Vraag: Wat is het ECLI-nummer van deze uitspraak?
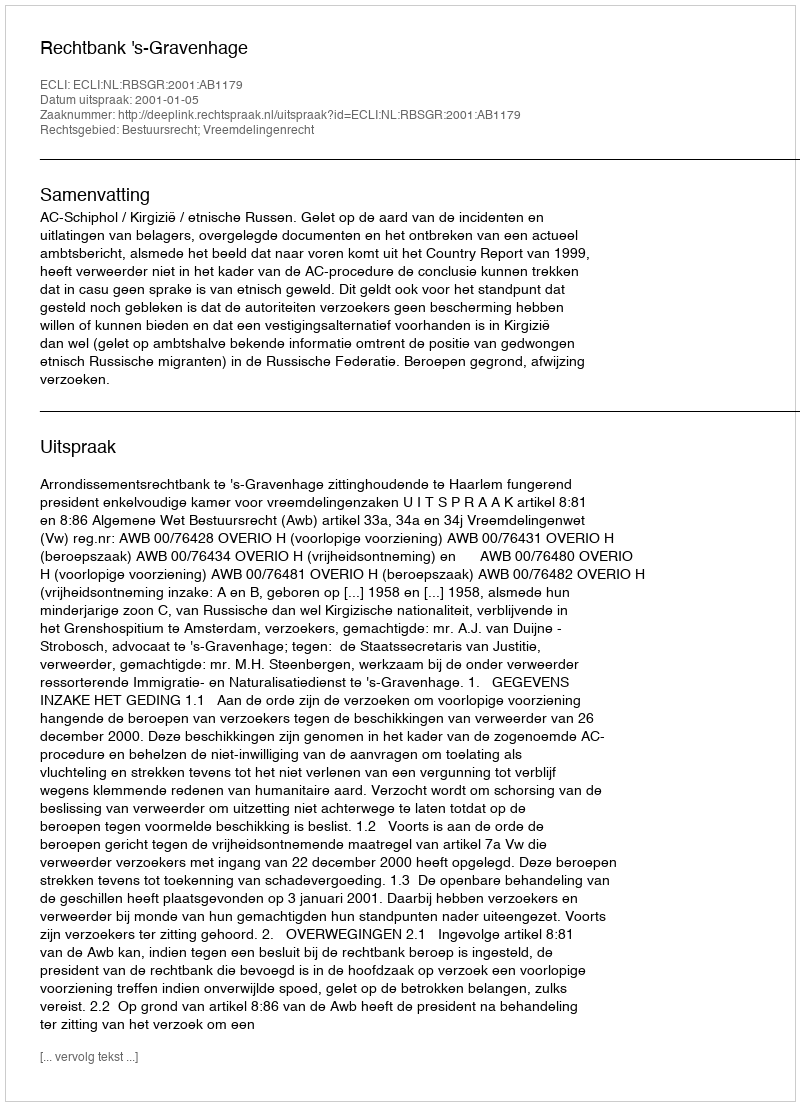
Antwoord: ECLI:NL:RBSGR:2001:AB1179